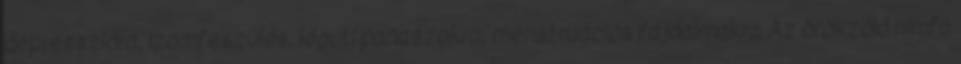
depresszióra, izomfeszülés, légúti panaszokra, menstruációs fájdalmakra Az örökzöld nímfa